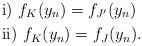
LaTeX: \begin{align*}&\mathrm{i)}\,\, f_K(y_n)=f_{J'}(y_n)\\&\mathrm{ii)}\,\, f_K(y_n)=f_{J}(y_n).\end{align*}